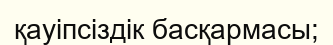
қауіпсіздік басқармасы;